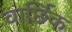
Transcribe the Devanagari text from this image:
वार्छिक